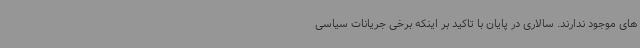
های موجود ندارند. سالاری در پایان با تاکید بر اینکه برخی جریانات سیاسی